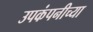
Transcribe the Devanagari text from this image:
उपकंपनीच्या